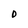
Character: 0